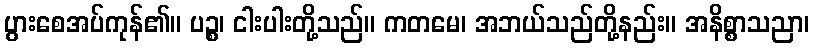
ပွားစေအပ်ကုန်၏။ ပဉ္စ၊ ငါးပါးတို့သည်။ ကတမေ၊ အဘယ်သည်တို့နည်း။ အနိစ္စာသညာ၊